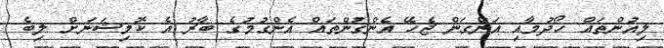
ލިއުންތައް ހޯދުމާއި އަންގަން ޖެހޭ އެންގުންތައް އެންގުމުގެ ބާރު އެ ކޮމިޝަނަށް ލިބެ